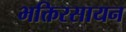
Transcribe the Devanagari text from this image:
भक्तिरसायन